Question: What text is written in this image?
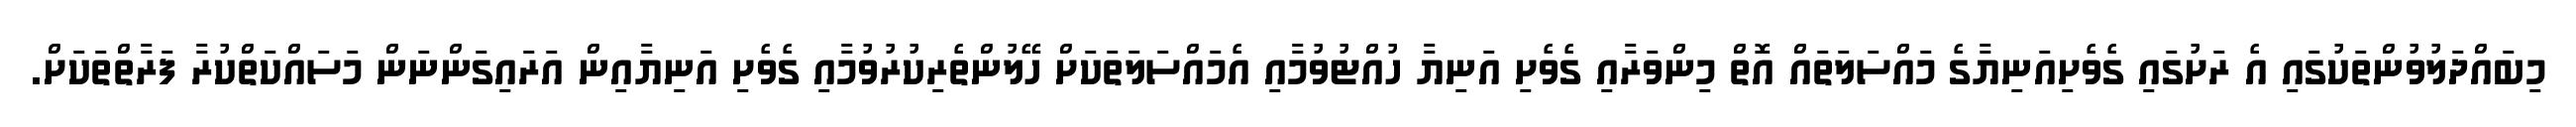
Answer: މިބައްދަލުވުންތަކުގައި އެ ރަށުގައި ގެވެށިއަނިޔާގެ މައްސަލަތައް އޮތް މިންވަރާއި ގެވެށި އަނިޔާ ހުއްޓުވުމާއި އެމައްސަލަތަކަށް ހޭލުންތެރިކުރުވުމާއި ގެވެށި އަނިޔާއިން އަރައިގަންނަން މަސައްކަތްކުރާ ފަރާތްތަކަށް.